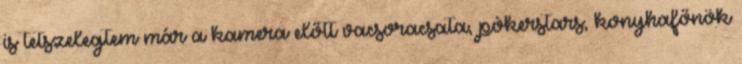
is tetszelegtem már a kamera előtt vacsoracsata, pókerstars, konyhafőnök